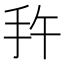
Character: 𭠕